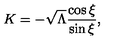
K = - \sqrt { \Lambda } \frac { \cos \xi } { \sin \xi } ,